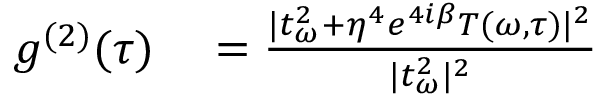
\begin{array} { r l } { g ^ { ( 2 ) } ( \tau ) } & { { } = \frac { | t _ { \omega } ^ { 2 } + \eta ^ { 4 } e ^ { 4 i \beta } T ( \omega , \tau ) | ^ { 2 } } { | t _ { \omega } ^ { 2 } | ^ { 2 } } } \end{array}